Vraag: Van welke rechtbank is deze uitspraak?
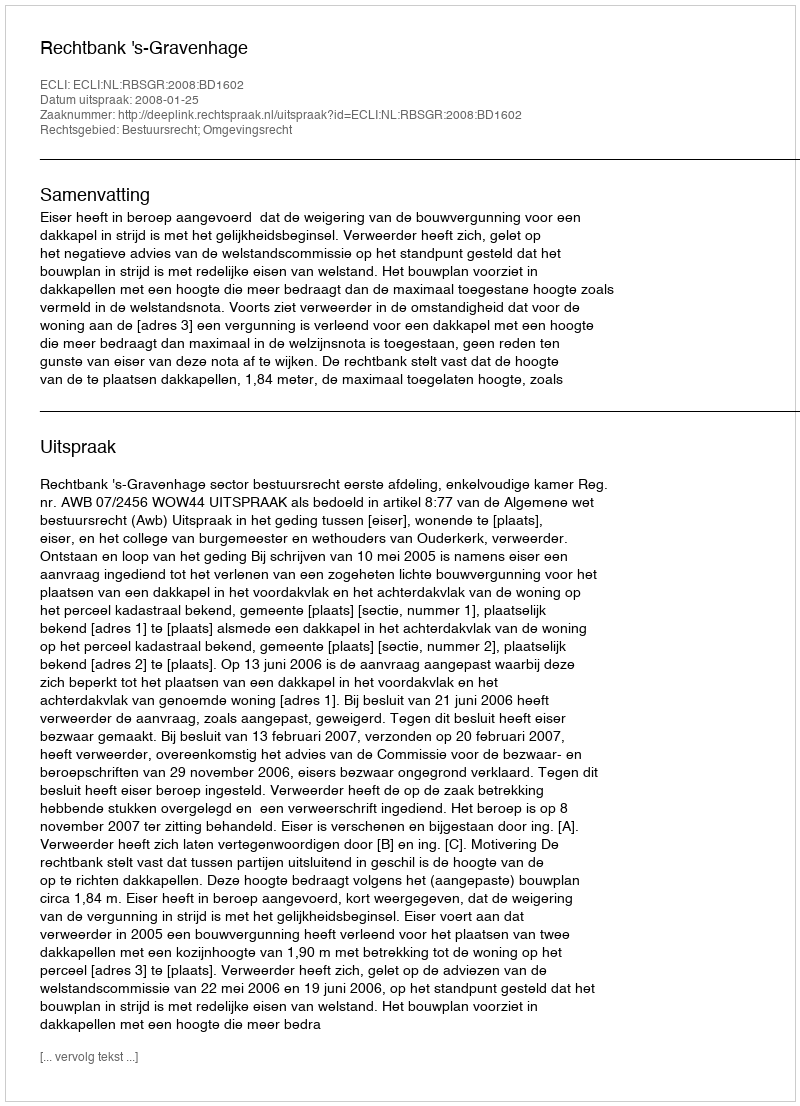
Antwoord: Rechtbank 's-Gravenhage